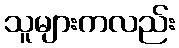
သူများကလည်း